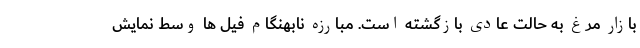
بازار مرغ به حالت عادی بازگشته است. مبارزه نابهنگام فیل ها وسط نمایش